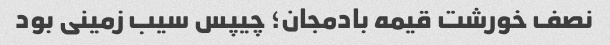
نصف خورشت قیمه بادمجان؛ چیپس سیب زمینی بود